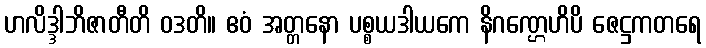
ဟလိဒ္ဒါဘိဇာတီတိ ဝဒတိ။ ဧဝံ အတ္တနော ပစ္စယဒါယကေ နိဂဏ္ဌေဟိပိ ဇေဋ္ဌကတရေ